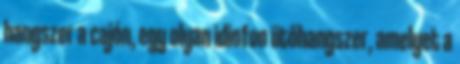
hangszer a cajón, egy olyan idiofon ütőhangszer, amelyet a